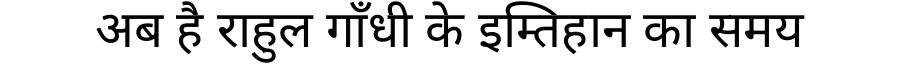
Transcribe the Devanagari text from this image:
अब है राहुल गाँधी के इम्तिहान का समय